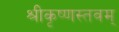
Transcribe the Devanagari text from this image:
श्रीकृष्णस्तवम्